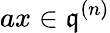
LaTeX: ax\in{\mathfrak{q}}^{(n)}